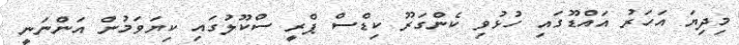
މިދިޔަ އަހަރު އައްޑޫގައި ހުޅުވި ކެންގަރޫ ކިޑްސް ޕްރީ ސްކޫލުގައި ކިޔަވަމުން އަންނަނީ